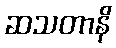
ဆသတာနိ